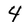
Character: 4